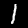
Label: 1